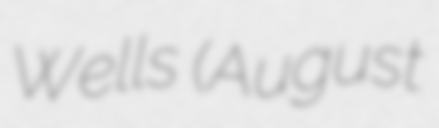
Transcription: Wells (August